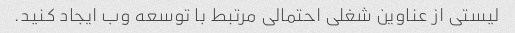
لیستی از عناوین شغلی احتمالی مرتبط با توسعه وب ایجاد کنید.